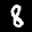
Label: 8